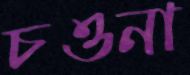
চওনা